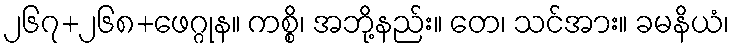
၂၆၇+၂၆၈+ဖေဂ္ဂုန။ ကစ္စိ၊ အဘို့နည်း။ တေ၊ သင်အား။ ခမနိယံ၊